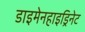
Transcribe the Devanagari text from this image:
डाइमेनहाइड्रिनेट